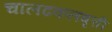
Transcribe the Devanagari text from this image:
चालढकलवृत्ती